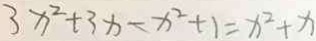
3 x ^ { 2 } + 3 x - x ^ { 2 } + 1 = x ^ { 2 } + x